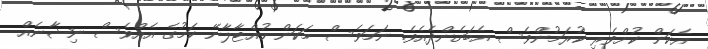
އެކަން ކުށްވެރި ކުރަމުންވެސް އެބަގެންދެއެވެ. ނަމަވެސް މަކަން ހުއްޓާލާނޭ ކަމުގެ އެއްވެސް ނިޝާނެއް